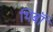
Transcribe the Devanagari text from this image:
थिबॉ